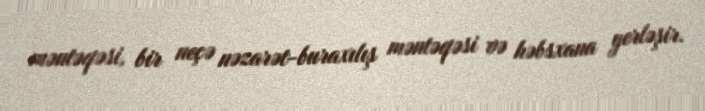
məntəqəsi, bir neçə nəzarət-buraxılış məntəqəsi və həbsxana yerləşir.